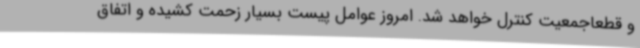
و قطعاجمعیت کنترل خواهد شد. امروز عوامل پیست بسیار زحمت کشیده و اتفاق